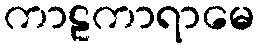
ကာဠကာရာမေ